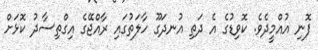
ފޮނި އުއްމީދެވެ. ކޮވިޑުގެ އެ ދަތި އުނދަގޫ ހާލަތުގައި ރާއްޖޭގެ އިގްތިސާދު ކޮޅަށް